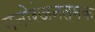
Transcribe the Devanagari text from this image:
मनोरंजनत्मक